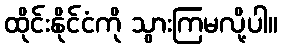
ထိုင်းနိုင်ငံကို သွားကြမလို့ပါ။